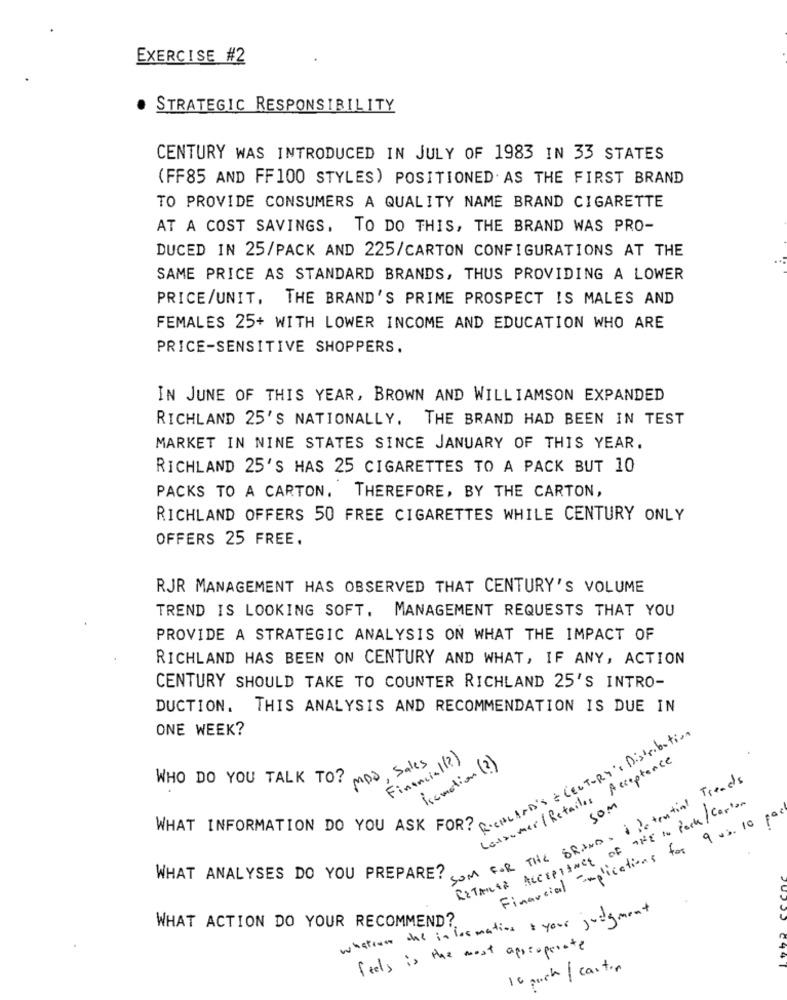
EXERCISE #2
· STRATEGIC RESPONSIBILITY
CENTURY WAS INTRODUCED IN JULY OF 1983 IN 33 STATES
(FF85 AND FF100 STYLES) POSITIONED. AS THE FIRST BRAND
TO PROVIDE CONSUMERS A QUALITY NAME BRAND CIGARETTE
AT A COST SAVINGS, TO DO THIS, THE BRAND WAS PRO-
DUCED IN 25/PACK AND 225/CARTON CONFIGURATIONS AT THE
SAME PRICE AS STANDARD BRANDS, THUS PROVIDING A LOWER
PRICE/UNIT, THE BRAND'S PRIME PROSPECT IS MALES AND
FEMALES 25+ WITH LOWER INCOME AND EDUCATION WHO ARE
PRICE-SENSITIVE SHOPPERS.
IN JUNE OF THIS YEAR, BROWN AND WILLIAMSON EXPANDED
RICHLAND 25'S NATIONALLY. THE BRAND HAD BEEN IN TEST
MARKET IN NINE STATES SINCE JANUARY OF THIS YEAR.
RICHLAND 25'S HAS 25 CIGARETTES TO A PACK BUT 10
PACKS TO A CARTON, THEREFORE, BY THE CARTON,
RICHLAND OFFERS 50 FREE CIGARETTES WHILE CENTURY ONLY
OFFERS 25 FREE.
RJR MANAGEMENT HAS OBSERVED THAT CENTURY'S VOLUME
TREND IS LOOKING SOFT. MANAGEMENT REQUESTS THAT YOU
PROVIDE A STRATEGIC ANALYSIS ON WHAT THE IMPACT OF
RICHLAND HAS BEEN ON CENTURY AND WHAT, IF ANY, ACTION
CENTURY SHOULD TAKE TO COUNTER RICHLAND 25'S INTRO-
DUCTION. THIS ANALYSIS AND RECOMMENDATION IS DUE IN
ONE WEEK?
RICHLAND'S & CENTURY's Distribution
Financial (?)
, Sales
Consumer /Retailes Acceptance
iscmotion (?)
WHO DO YOU TALK TO?
SOM FOR THE BRAND . I Potential Treads
RETAILER ACCEPTANCE OF THE In Pack /Carton
SOM
WHAT INFORMATION DO YOU ASK FOR?
Financial implications for 9 vs. 10
WHAT ANALYSES DO YOU PREPARE?
WHAT ACTION DO YOUR RECOMMEND?
whatrow the information & your judgment
feels is the most appropriate
16 auch / carton